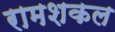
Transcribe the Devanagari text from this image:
रामशकल